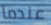
عندما